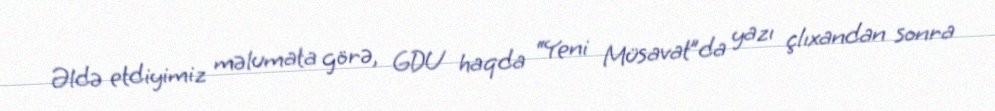
Əldə etdiyimiz məlumata görə, GDU haqda “Yeni Müsavat”da yazı çlıxandan sonra